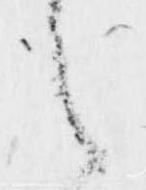
之